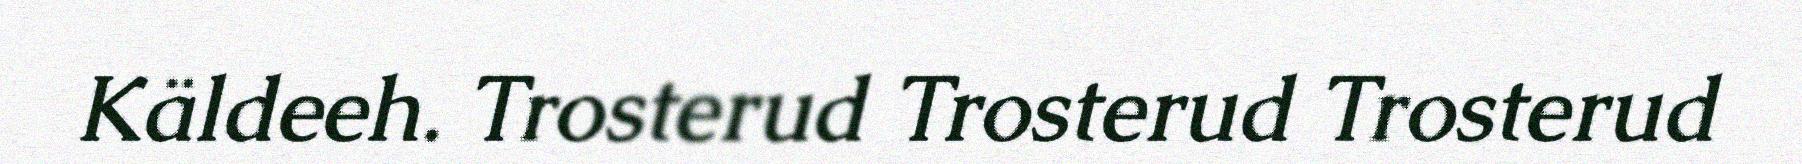
Käldeeh. Trosterud Trosterud Trosterud